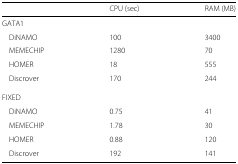
<table><thead><tr><td></td><td><b>CPU (sec)</b></td><td><b>RAM (MB)</b></td></tr></thead><tbody><tr><td colspan="3">GATA1</td></tr><tr><td>DiNAMO</td><td>100</td><td>3400</td></tr><tr><td>MEMECHIP</td><td>1280</td><td>70</td></tr><tr><td>HOMER</td><td>18</td><td>555</td></tr><tr><td>Discrover</td><td>170</td><td>244</td></tr><tr><td colspan="3">FIXED</td></tr><tr><td>DiNAMO</td><td>0.75</td><td>41</td></tr><tr><td>MEMECHIP</td><td>1.78</td><td>30</td></tr><tr><td>HOMER</td><td>0.88</td><td>120</td></tr><tr><td>Discrover</td><td>192</td><td>141</td></tr></tbody></table>